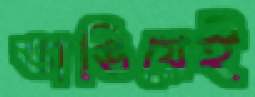
ভাঙিয়েই